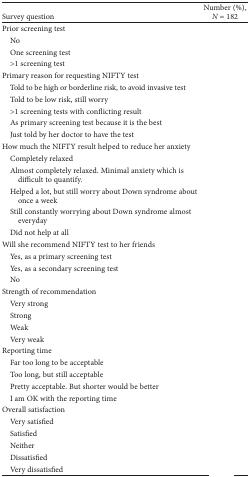
<table><thead><tr><td><b>Survey question</b></td><td><b>Number (%), <i>N</i> = 182</b></td></tr></thead><tbody><tr><td colspan="2">Prior screening test</td></tr><tr><td> No</td><td>[EMPTY_CELL]</td></tr><tr><td> One screening test</td><td>[EMPTY_CELL]</td></tr><tr><td> &gt;1 screening test</td><td>[EMPTY_CELL]</td></tr><tr><td colspan="2">Primary reason for requesting NIFTY test</td></tr><tr><td> Told to be high or borderline risk, to avoid invasive test</td><td>[EMPTY_CELL]</td></tr><tr><td> Told to be low risk, still worry</td><td>[EMPTY_CELL]</td></tr><tr><td> &gt;1 screening tests with conficting result</td><td>[EMPTY_CELL]</td></tr><tr><td> As primary screening test because it is the best</td><td>[EMPTY_CELL]</td></tr><tr><td> Just told by her doctor to have the test</td><td>[EMPTY_CELL]</td></tr><tr><td colspan="2">How much the NIFTY result helped to reduce her anxiety</td></tr><tr><td> Completely relaxed</td><td>[EMPTY_CELL]</td></tr><tr><td> Almost completely relaxed. Minimal anxiety which is difficult to quantify.</td><td>[EMPTY_CELL]</td></tr><tr><td> Helped a lot, but still worry about Down syndrome about once a week</td><td>[EMPTY_CELL]</td></tr><tr><td> Still constantly worrying about Down syndrome almost everyday</td><td>[EMPTY_CELL]</td></tr><tr><td> Did not help at all</td><td>[EMPTY_CELL]</td></tr><tr><td colspan="2">Will she recommend NIFTY test to her friends</td></tr><tr><td> Yes, as a primary screening test</td><td>[EMPTY_CELL]</td></tr><tr><td> Yes, as a secondary screening test</td><td>[EMPTY_CELL]</td></tr><tr><td> No</td><td>[EMPTY_CELL]</td></tr><tr><td colspan="2">Strength of recommendation</td></tr><tr><td> Very strong</td><td>[EMPTY_CELL]</td></tr><tr><td> Strong</td><td>[EMPTY_CELL]</td></tr><tr><td> Weak</td><td>[EMPTY_CELL]</td></tr><tr><td> Very weak</td><td>[EMPTY_CELL]</td></tr><tr><td colspan="2">Reporting time</td></tr><tr><td> Far too long to be acceptable</td><td>[EMPTY_CELL]</td></tr><tr><td> Too long, but still acceptable</td><td>[EMPTY_CELL]</td></tr><tr><td> Pretty acceptable. But shorter would be better</td><td>[EMPTY_CELL]</td></tr><tr><td> I am OK with the reporting time</td><td>[EMPTY_CELL]</td></tr><tr><td colspan="2">Overall satisfaction</td></tr><tr><td> Very satisfied</td><td>[EMPTY_CELL]</td></tr><tr><td> Satisfied</td><td>[EMPTY_CELL]</td></tr><tr><td> Neither</td><td>[EMPTY_CELL]</td></tr><tr><td> Dissatisfied</td><td>[EMPTY_CELL]</td></tr><tr><td> Very dissatisfied</td><td>[EMPTY_CELL]</td></tr></tbody></table>